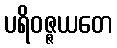
ပရိဝဇ္ဇယတေ